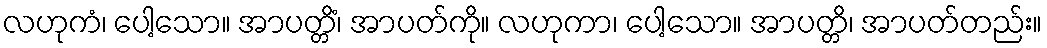
လဟုကံ၊ ပေါ့သော။ အာပတ္တိံ၊ အာပတ်ကို။ လဟုကာ၊ ပေါ့သော။ အာပတ္တိ၊ အာပတ်တည်း။